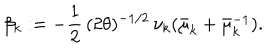
\beta _ { k } : = - \frac { 1 } { 2 } \, ( 2 \theta ) ^ { - 1 / 2 } \, \nu _ { k } ( \bar { \mu } _ { k } + \bar { \mu } _ { k } ^ { - 1 } ) .